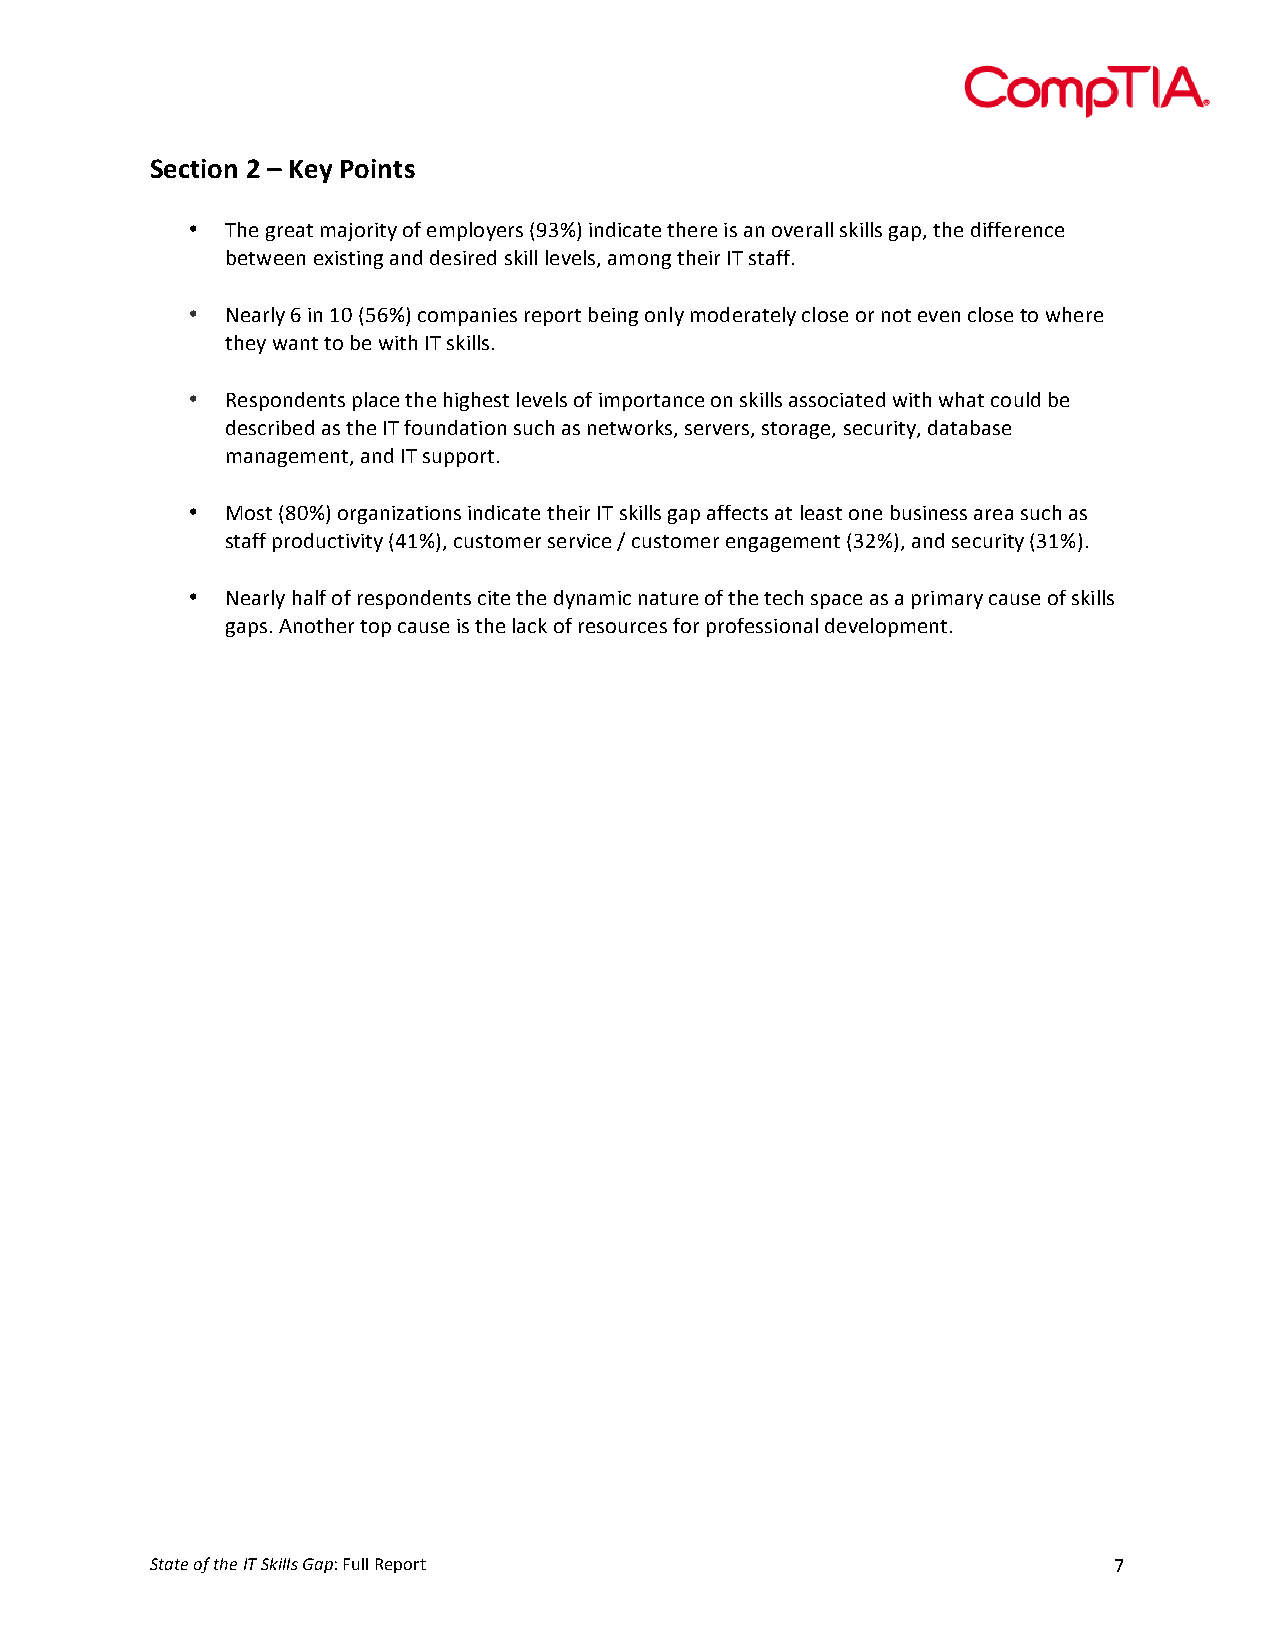
!
 /+.%(#0&H&2&3+4&5#(0%)&&
 !
 •  />'!:*'7+!.7B)*;+5!)=!'.(%)5'*3!TWM_V!;94;87+'!+>'*'!;3!79!)C'*7%%!3?;%%3!:7(H!+>'!4;=='*'98'!
 <'+6''9!'@;3+;9:!794!4'3;*'4!3?;%%!%'C'%3H!7.)9:!+>';*!0/!3+7==A!
 !
 •  \'7*%5!R!;9!,P!TOR_V!8).(79;'3!*'()*+!<';9:!)9%5!.)4'*7+'%5!8%)3'!)*!9)+!'C'9!8%)3'!+)!6>'*'!
 +>'5!679+!+)!<'!6;+>!0/!3?;%%3A!
 !
 •  &'3()94'9+3!(%78'!+>'!>;:>'3+!%'C'%3!)=!;.()*+798'!)9!3?;%%3!733)8;7+'4!6;+>!6>7+!8)$%4!<'!
 4'38*;<'4!73!+>'!0/!=)$947+;)9!3$8>!73!9'+6)*?3H!3'*C'*3H!3+)*7:'H!3'8$*;+5H!47+7<73'!
 .797:'.'9+H!794!0/!3$(()*+A!
 !
 •  c)3+!TgP_V!)*:79;S7+;)93!;94;87+'!+>';*!0/!3?;%%3!:7(!7=='8+3!7+!%'73+!)9'!<$3;9'33!7*'7!3$8>!73!
 3+7==!(*)4$8+;C;+5!Ta,_VH!8$3+).'*!3'*C;8'!F!8$3+).'*!'9:7:'.'9+!TMK_VH!794!3'8$*;+5!TM,_VA!
 !
 •  \'7*%5!>7%=!)=!*'3()94'9+3!8;+'!+>'!4597.;8!97+$*'!)=!+>'!+'8>!3(78'!73!7!(*;.7*5!87$3'!)=!3?;%%3!
 :7(3A!19)+>'*!+)(!87$3'!;3!+>'!%78?!)=!*'3)$*8'3!=)*!(*)='33;)97%!4'C'%)(.'9+A!
 !
 !
 &
 &
 &
 &
 &
 &
 &
 &
 &
 &
 &
 &
 &
 &
 !"#"$%&'%"($%)*%!+,--.%/#0"!#$%%!&'()*+!                        X!